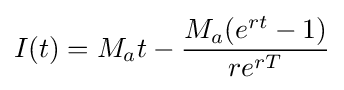
I(t)=M_{a}t-{\frac {M_{a}(e^{rt}-1)}{re^{rT}}}